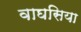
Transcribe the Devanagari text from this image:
वाघसिया